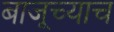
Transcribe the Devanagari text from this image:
बाजूच्याच